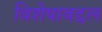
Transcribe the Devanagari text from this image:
विशेषाबद्दल